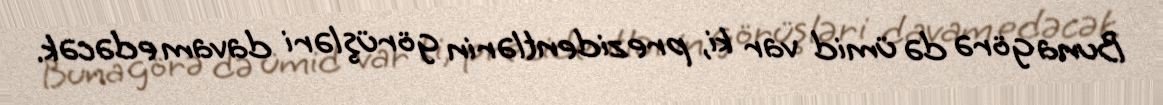
Buna görə də ümid var ki, prezidentlərin görüşləri davam edəcək.